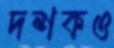
দশকও